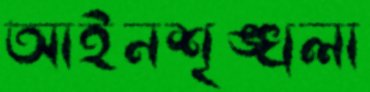
আইনশৃঙ্খলা